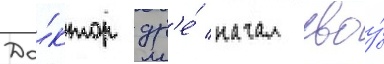
До́ктор др'е́ начал своу́